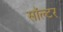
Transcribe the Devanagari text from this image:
सॉल्टर